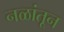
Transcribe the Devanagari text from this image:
नळांतून